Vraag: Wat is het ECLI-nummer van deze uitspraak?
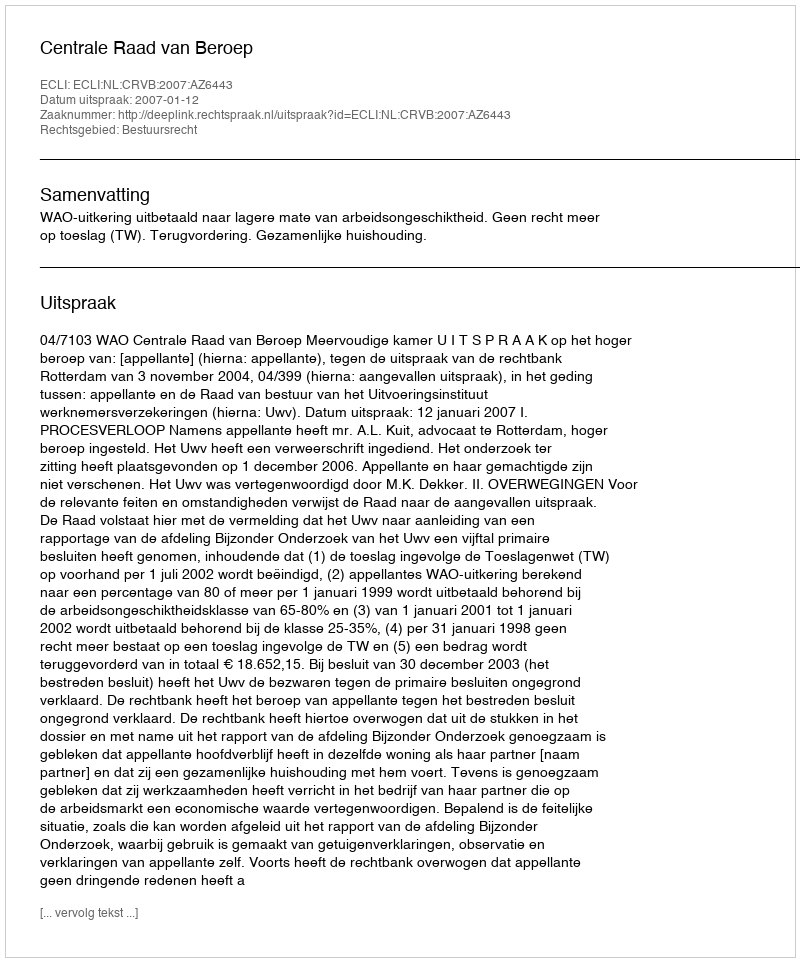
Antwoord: ECLI:NL:CRVB:2007:AZ6443